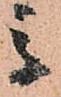
馬